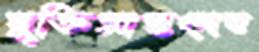
মুক্তিপ্রাপ্তদের